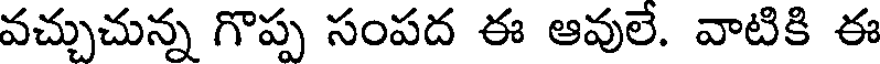
వచ్చుచున్న గొప్ప సంపద ఈ ఆవులే. వాటికి ఈ